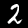
Digit: 2